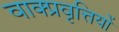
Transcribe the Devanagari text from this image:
वाक्प्रवृत्तियों